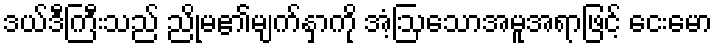
ဒယ်ဒီကြီးသည် ညိုမ၏မျက်နှာကို အံ့ဩသောအမူအရာဖြင့် ငေးမော